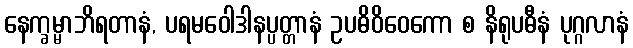
နေက္ခမ္မာဘိရတာနံ, ပရမဝေါဒါနပ္ပတ္တာနံ ဥပဓိဝိဝေကော စ နိရုပဓီနံ ပုဂ္ဂလာနံ